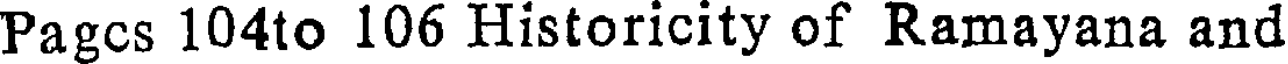
Pagcs 104to 106 Historicity of Ramayana and